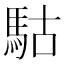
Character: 𩢪